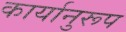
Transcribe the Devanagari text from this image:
कार्यानुरूप